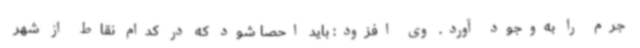
جرم را به‌وجود آورد. وی افزود: باید احصا شود که در کدام نقاط از شهر